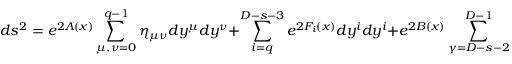
d s ^ { 2 } = e ^ { 2 A ( x ) } \sum _ { \mu , \nu = 0 } ^ { q - 1 } \eta _ { \mu \nu } d y ^ { \mu } d y ^ { \nu } + \sum _ { i = q } ^ { D - s - 3 } e ^ { 2 F _ { i } ( x ) } d y ^ { i } d y ^ { i } + e ^ { 2 B ( x ) } \sum _ { \gamma = D - s - 2 } ^ { D - 1 } d x ^ { \gamma } d x ^ { \gamma } ,